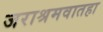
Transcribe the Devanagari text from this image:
जराश्रमवातहा